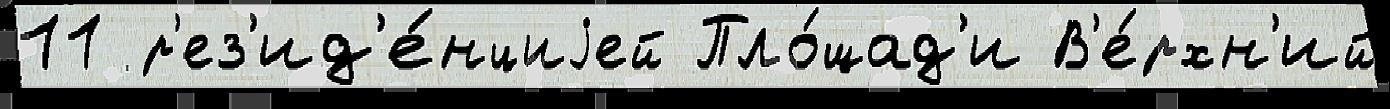
11 р'ез'ид'е́нциjей Пло́щад'и В'е́рхн'ий